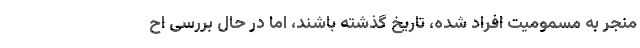
منجر به مسمومیت افراد شده، تاریخ گذشته باشند، اما در حال بررسی اح